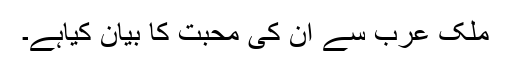
ملک عرب سے ان کی محبت کا بیان کیاہے۔